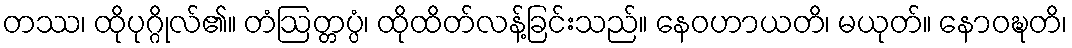
တဿ၊ ထိုပုဂ္ဂိုလ်၏။ တံဩတ္တပ္ပံ၊ ထိုထိတ်လန့်ခြင်းသည်။ နေဝဟာယတိ၊ မယုတ်။ နောဝဍ္ဎတိ၊